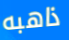
ذاهبه